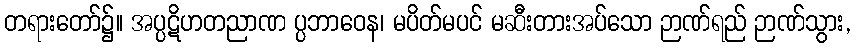
တရားတော်၌။ အပ္ပဋိဟတညာဏ ပ္ပဘာဝေန၊ မပိတ်မပင် မဆီးတားအပ်သော ဉာဏ်ရည် ဉာဏ်သွား,